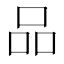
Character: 品